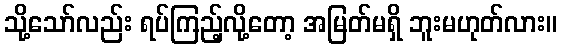
သို့သော်လည်း ရပ်ကြည့်လို့တော့ အမြတ်မရှိ ဘူးမဟုတ်လား။